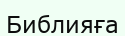
Библияға